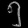
Digit: ၅